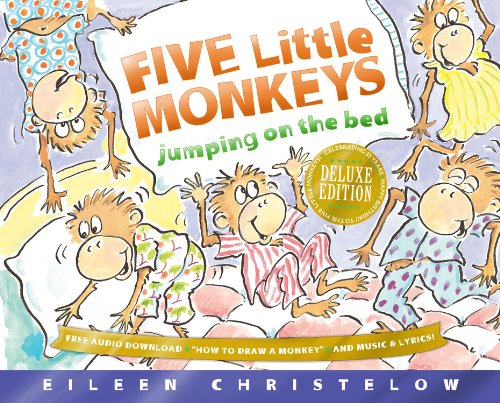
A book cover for Five Little Monkeys Jumping on the Bed 25th Anniversary Edition (A Five Little Monkeys Story); Eileen Christelow; Children's Books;